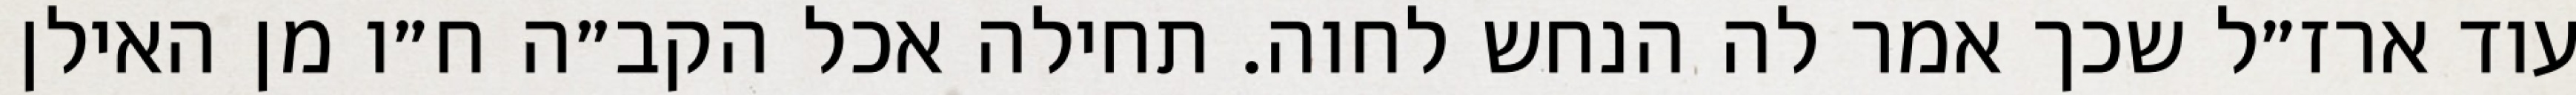
עוד ארז״ל שכך אמר לה הנחש לחוה. תחילה אכל הקב״ה ח״ו מן האילן